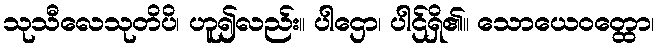
သုသီလေသုတိပိ၊ ဟူ၍လည်း။ ပါဌော၊ ပါဌ်ရှိ၏။ သောယေဝတ္ထော၊